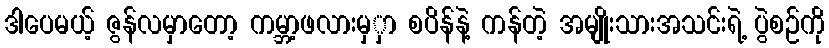
ဒါပေမယ့် ဇွန်လမှာတော့ ကမ္ဘာ့ဖလားမှှာ စပိန်နဲ့ ကန်တဲ့ အမျိုးသားအသင်းရဲ့ ပွဲစဉ်ကို